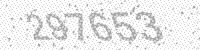
Solution: 297653